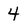
Character: 4